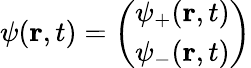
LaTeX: \psi(\mathbf{r},t)={\left(\begin{array}{l}{\psi_{+}(\mathbf{r},t)}\\ {\psi_{-}(\mathbf{r},t)}\end{array}\right)}